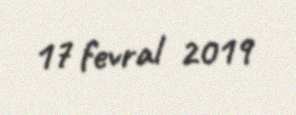
17 fevral 2019